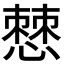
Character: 𭞧